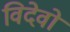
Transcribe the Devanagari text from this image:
विदेवो